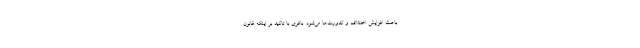
باعث افزایش اختلاف و کدورت‌ها می‌شود. باقری با تاکید بر اینکه قانون